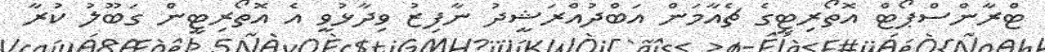
ޓްރާންސްޕޯޓް އޮތޯރިޓީގެ ޗެއާމަން އަބްދުއްރަޝީދު ނާފިޒު ވިދާޅުވީ އެ އޮތޯރިޓީން ގަބޫލު ކުރާ